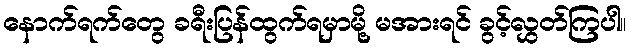
နောက်ရက်တွေ ခရီးပြန်ထွက်ရမှာမို့ မအားရင် ခွင့်လွှတ်ကြပါ။